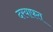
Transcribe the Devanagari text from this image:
दरयाफत